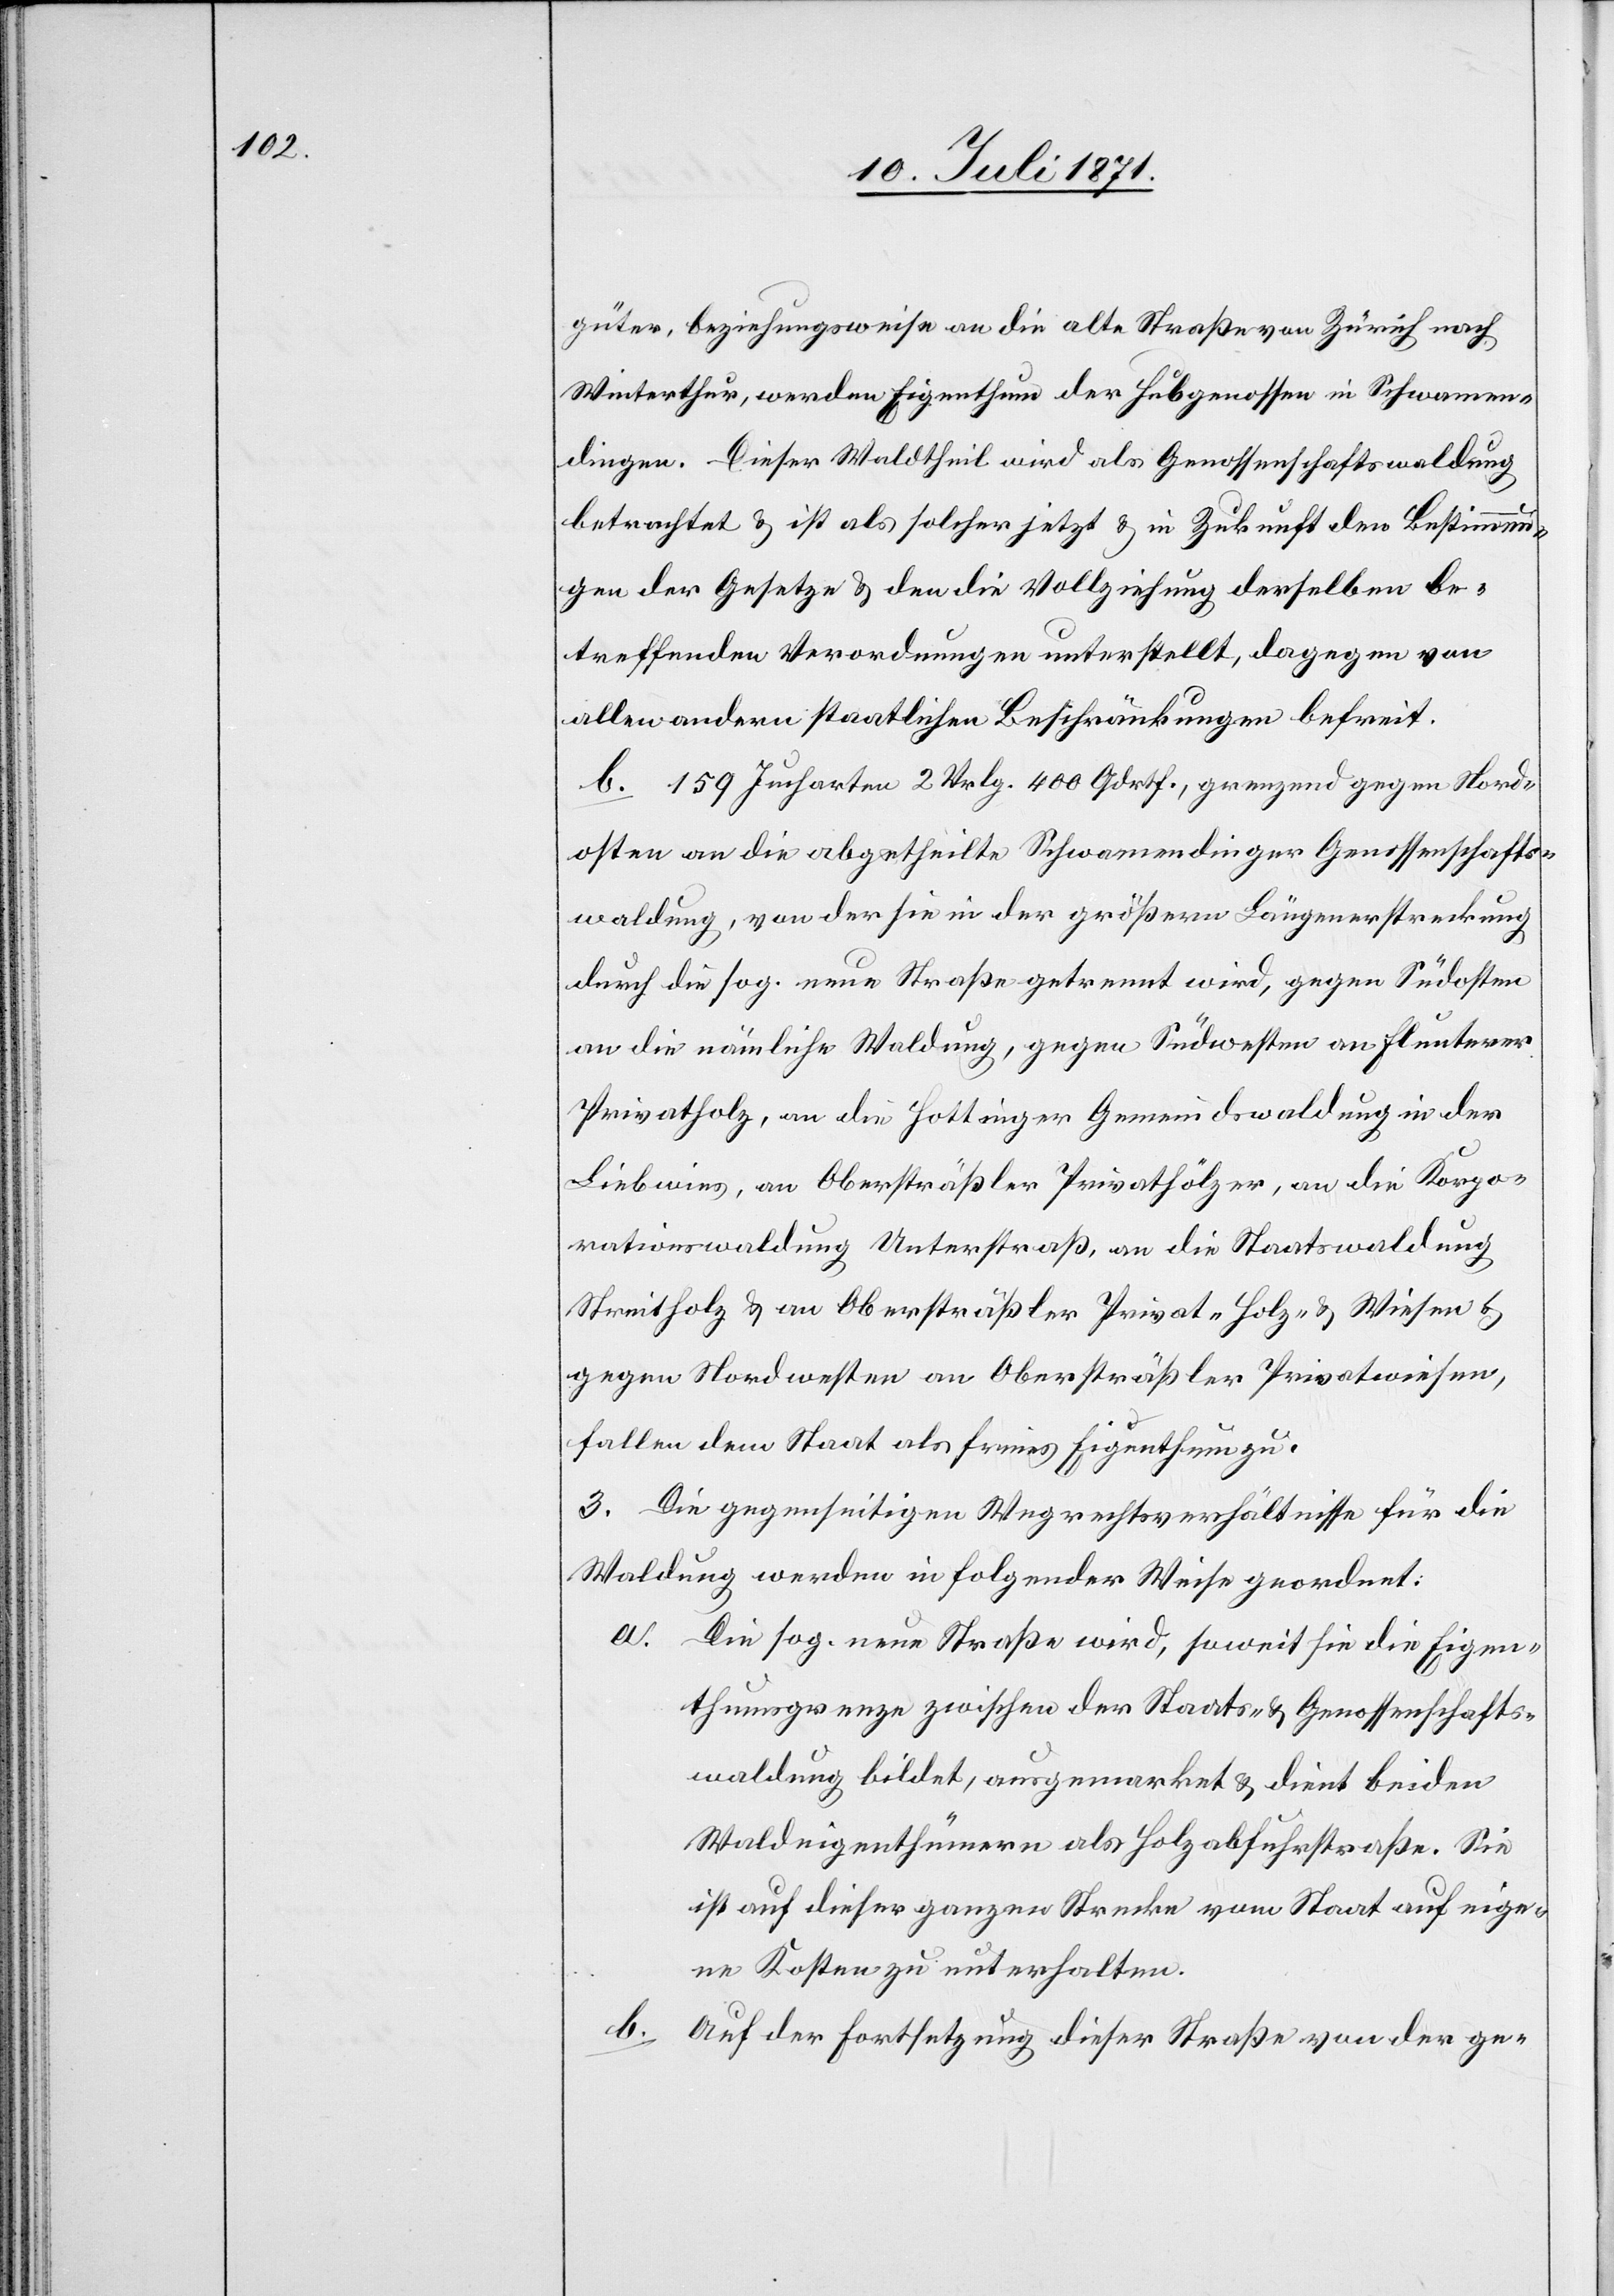
güter, beziehungsweise an die alte Straße von Zürich nach
Winterthur, werden Eigenthum der Hubgenossen in Schwamen¬
dingen. Dieser Waldtheil wird als Genossenschaftswaldung
betrachtet u. ist als solcher jetzt u. in Zukunft den Bestimmun¬
gen der Gesetze u. den die Vollziehung derselben be¬
treffenden Verordnungen unterstellt, dagegen von
allen andern staatlichen Beschränkungen befreit.
b. 159 Jucharten 2 Vrlg. 400 Qdrthf., grenzend gegen Nord¬
osten an die abgetheilte Schwamendinger Genossenschafts¬
waldung, von der sie in der größern Längenerstreckung
durch die sog. neue Straße getrennt wird, gegen Südosten
an die nämliche Waldung, gegen Südwesten an Flunterer
Privatholz, an die Hottinger Gemeindwaldung in der
Liebwies, an Obersträßler Privathölzer, an die Korpo¬
rationswaldung Unterstraß, an die Staatswaldung
Streitholz u. an Obersträßler Privat- Holz- u. Wiesen u.
gegen Nordwesten an Obersträßler Privatwiesen,
fallen dem Staat als freies Eigenthum zu.
3. Die gegenseitigen Wegrechtsverhältnisse für die
Waldung werden in folgender Weise geordnet:
Die sog. neue Straße wird, soweit sie die Eigen¬
thumsgrenze zwischen der Staats- u. Genossenschafts¬
waldung bildet, ausgemarket u. dient beiden
Waldeigenthümern als Holzabfuhrstraße. Sie
ist auf dieser ganzen Strecke vom Staat auf eige¬
ne Kosten zu unterhalten.
b.
Auf der Fortsetzung dieser Straße von der ge-